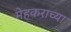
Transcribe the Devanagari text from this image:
मेहकराच्या